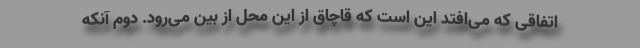
اتفاقی که می‌افتد این است که قاچاق از این محل از بین می‌رود. دوم آنکه